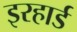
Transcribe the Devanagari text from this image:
इरहार्ड